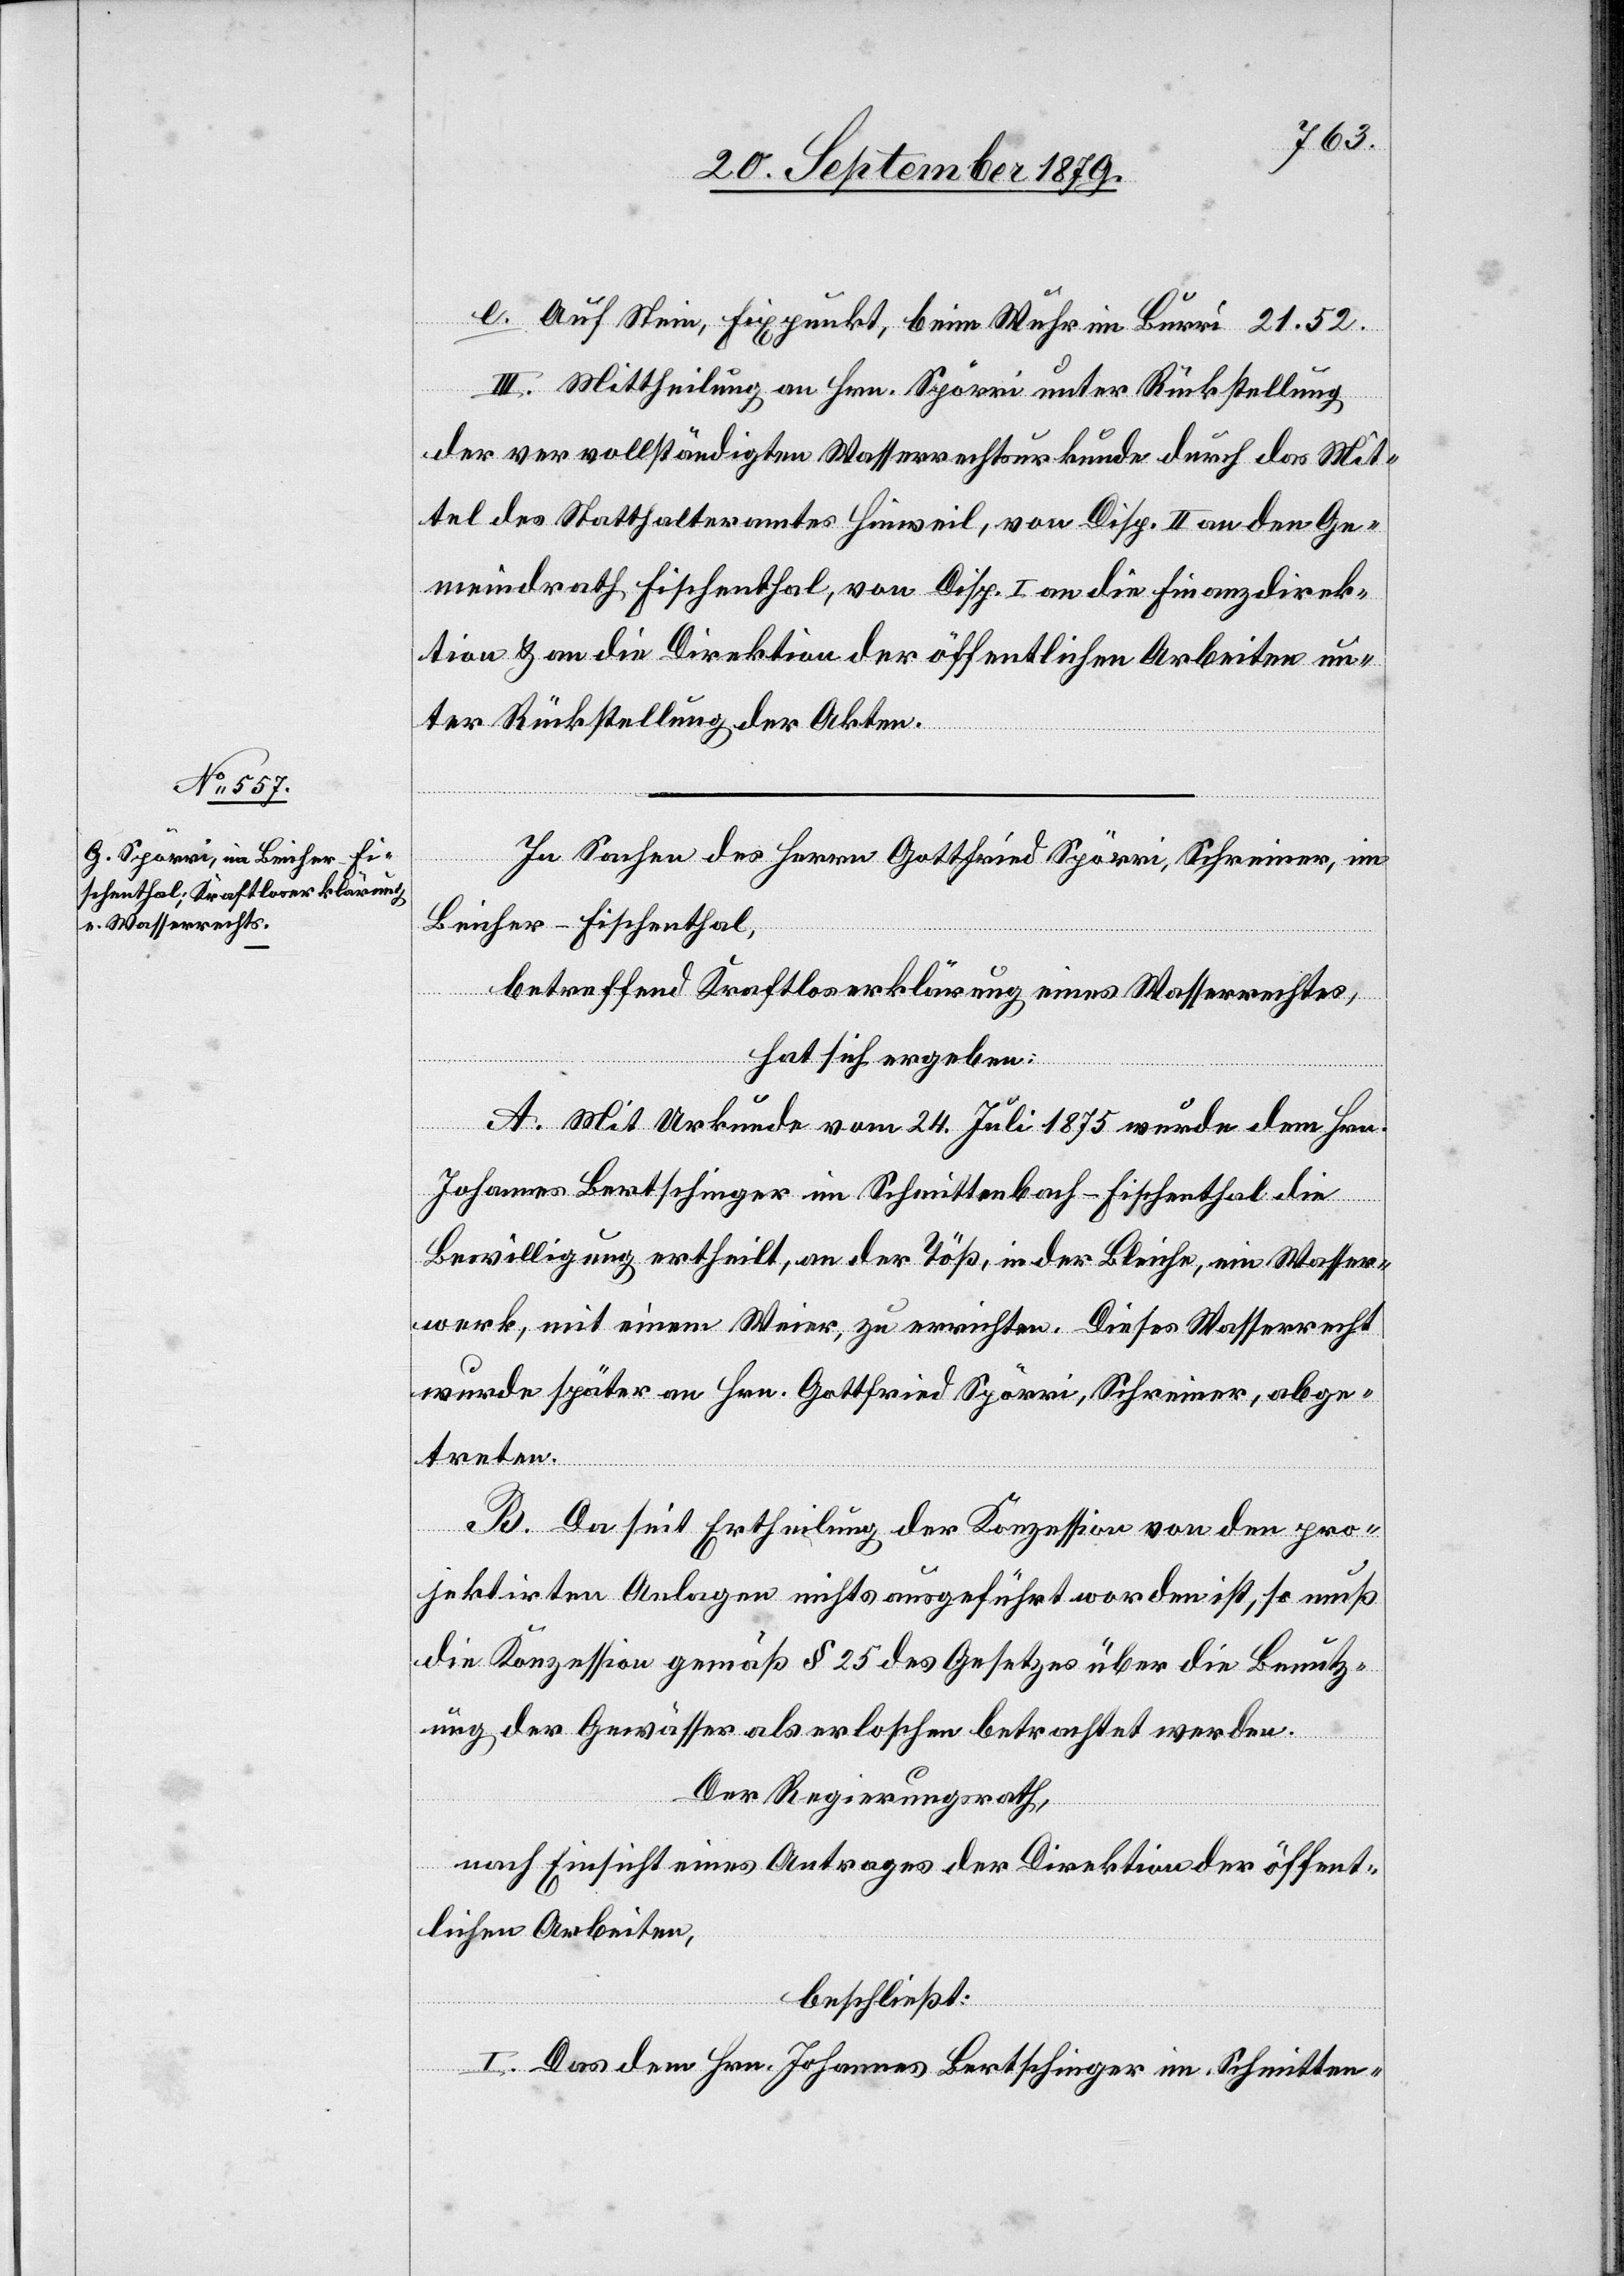
e. Auf Stein, Fixpunkt, beim Wuhr im Burri 21.52.
III. Mittheilung an Hrn. Spörri unter Rückstellung
der vervollständigten Wasserrechtsurkunde durch das Mit¬
tel des Statthalteramtes Hinweil, von Disp. II an den Ge¬
meindrath Fischenthal, von Disp. I an die Finanzdirek¬
tion & an die Direktion der öffentlichen Arbeiten un¬
ter Rückstellung der Akten.
In Sachen des Herrn Gottfried Spörri, Schreiner, im
Beicher - Fischenthal,
betreffend Kraftloserklärung eines Wasserrechtes,
hat sich ergeben:
A. Mit Urkunde vom 24. Juli 1875 wurde dem Hrn.
Johannes Bertschinger im Schmittenbach - Fischenthal die
Bewilligung ertheilt, an der Töß, in der Bleiche, ein Wasser¬
werk mit einem Weier zu errichten. Dieses Wasserrecht
wurde später an Hrn. Gottfried Spörri, Schreiner, abge¬
treten.
B. Da seit Ertheilung der Konzession von den pro¬
jektirten Anlagen nichts ausgeführt worden ist, so muß
die Konzession gemäß § 25 des Gesetzes über die Benutz¬
ung der Gewässer als erloschen betrachtet werden.
Der Regierungsrath,
nach Einsicht eines Antrages der Direktion der öffent¬
lichen Arbeiten,
beschließt:
I. Das dem Hrn. Johannes Bertschinger im Schmitten-